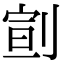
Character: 𠝳